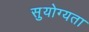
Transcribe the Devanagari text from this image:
सुयोग्यता